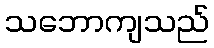
သဘောကျသည်